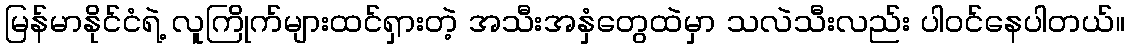
မြန်မာနိုင်ငံရဲ့ လူကြိုက်များထင်ရှားတဲ့ အသီးအနှံတွေထဲမှာ သလဲသီးလည်း ပါဝင်နေပါတယ်။